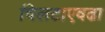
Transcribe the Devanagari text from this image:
चिलटाएवढा